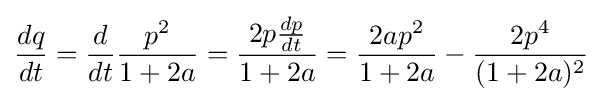
{\frac {dq}{dt}}={\frac {d}{dt}}{\frac {p^{2}}{1+2a}}={\frac {2p{\frac {dp}{dt}}}{1+2a}}={\frac {2ap^{2}}{1+2a}}-{\frac {2p^{4}}{(1+2a)^{2}}}